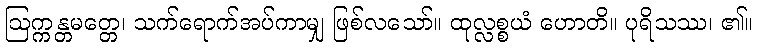
ဩက္ကန္တမတ္တေ၊ သက်ရောက်အပ်ကာမျှ ဖြစ်လသော်။ ထုလ္လစ္စယံ ဟောတိ။ ပုရိသဿ၊ ၏။